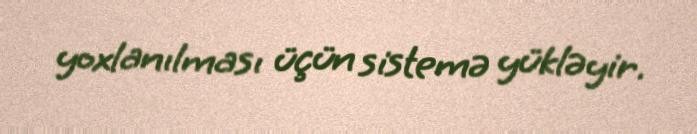
yoxlanılması üçün sistemə yükləyir.